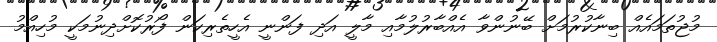
މުޖުތަމައެއް ބިނާކުރުމަށް ބޭނުންވާ އެއްބާރުލުމާއި މާލީ އަދި ފަންނީ އެހީތެރިކަން ފޯރުކޮށްދިނުމަކީ މުހިއްމު